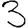
Digit: 3